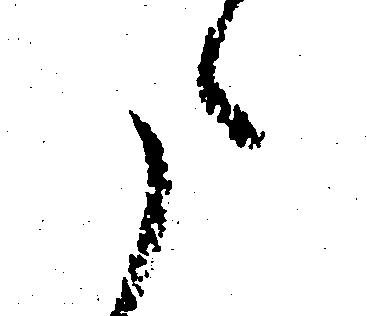
た